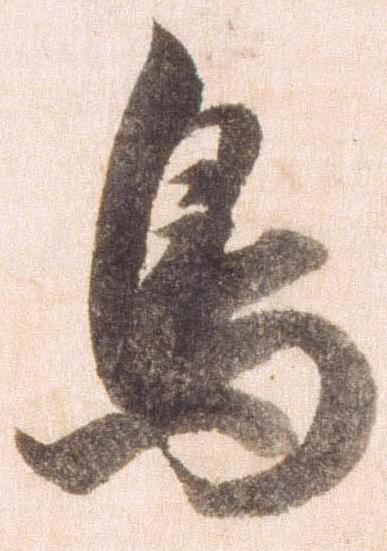
鳥